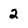
Character: 2